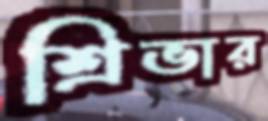
শ্রিভার